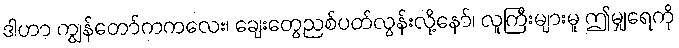
ဒါဟာ ကျွန်တော်ကကလေး၊ ချေးတွေညစ်ပတ်လွန်းလို့နော်၊ လူကြီးများမူ ဤမျှရေကို